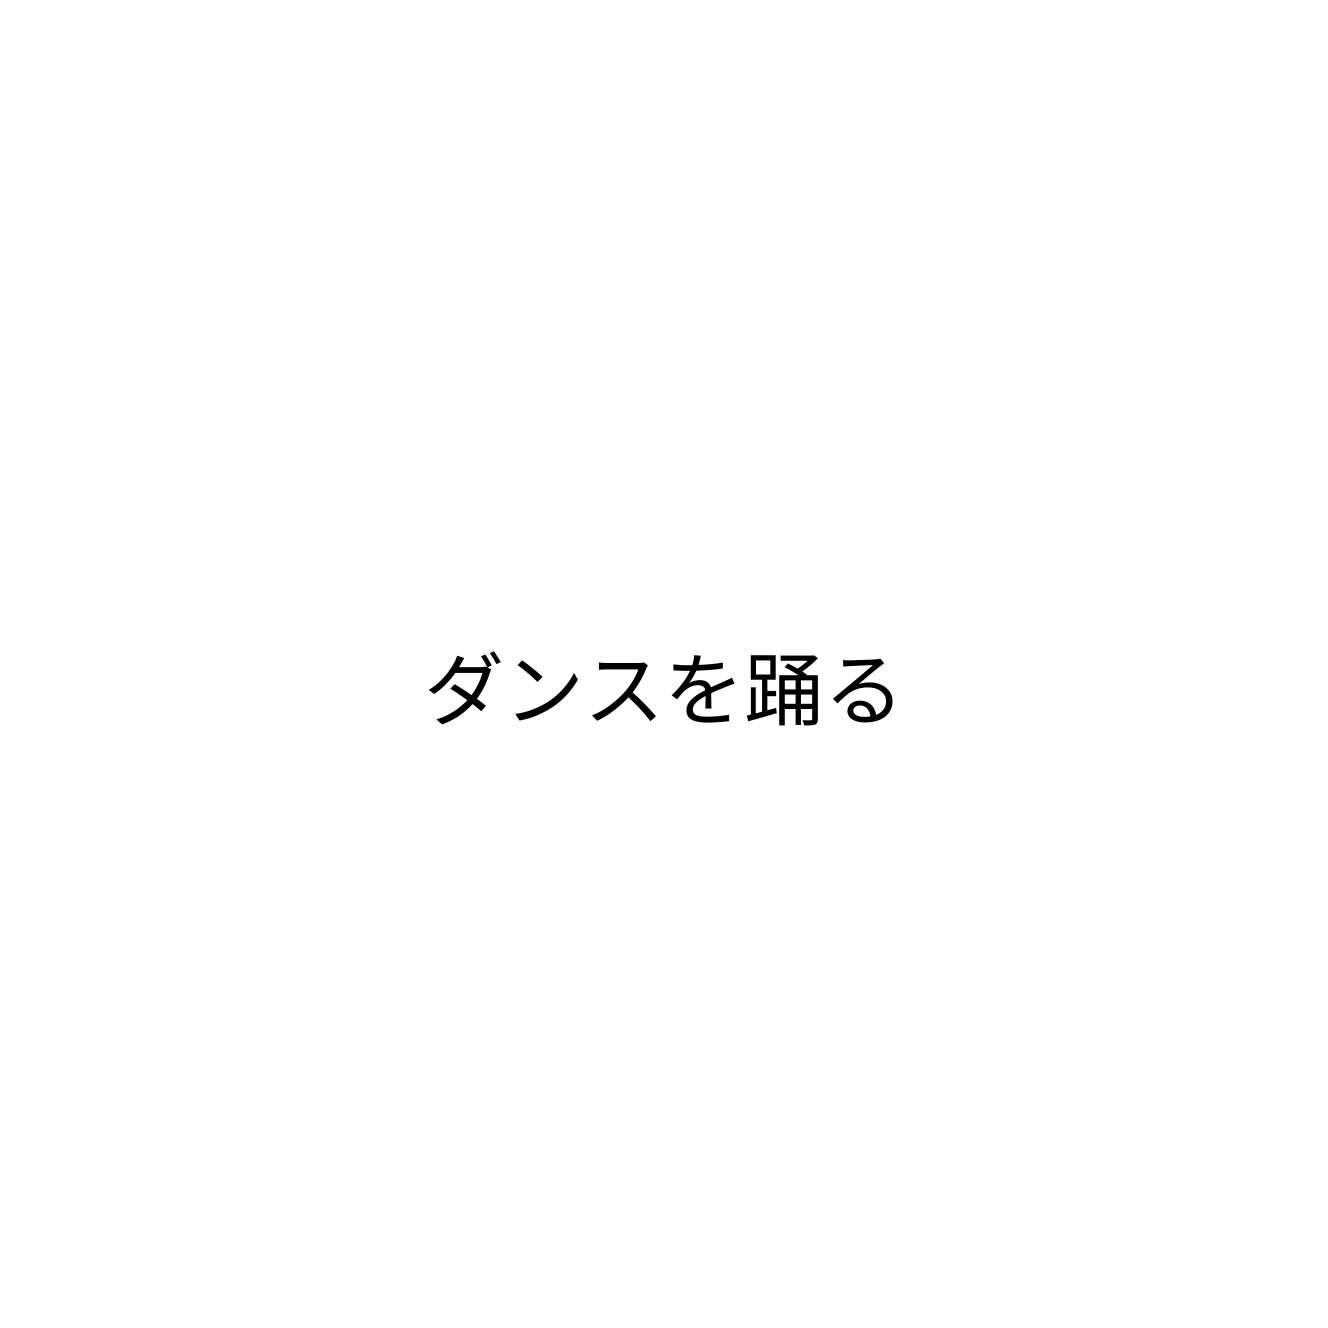
ダンスを踊る